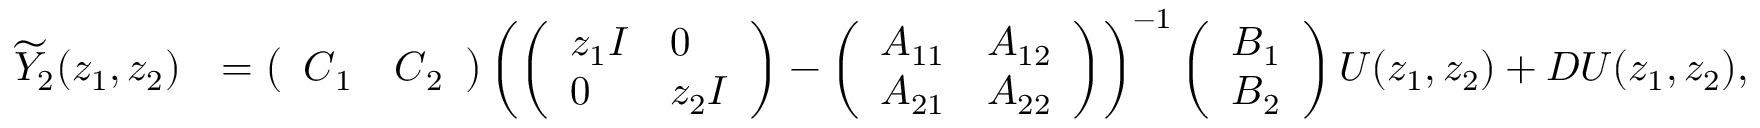
\begin{array} { r l } { \widetilde { Y } _ { 2 } ( z _ { 1 } , z _ { 2 } ) } & { = \left( \begin{array} { l l } { \boldsymbol { C } _ { 1 } } & { \boldsymbol { C } _ { 2 } } \end{array} \right) \left( \left( \begin{array} { l l } { z _ { 1 } \boldsymbol { I } } & { 0 } \\ { 0 } & { z _ { 2 } \boldsymbol { I } } \end{array} \right) - \left( \begin{array} { l l } { \boldsymbol { A } _ { 1 1 } } & { \boldsymbol { A } _ { 1 2 } } \\ { \boldsymbol { A } _ { 2 1 } } & { \boldsymbol { A } _ { 2 2 } } \end{array} \right) \right) ^ { - 1 } \left( \begin{array} { l } { \boldsymbol { B } _ { 1 } } \\ { \boldsymbol { B } _ { 2 } } \end{array} \right) U ( z _ { 1 } , z _ { 2 } ) + \boldsymbol { D } U ( z _ { 1 } , z _ { 2 } ) , } \end{array}